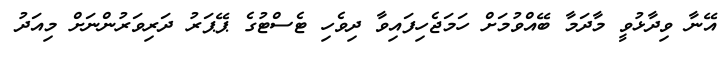
އޭނާ ވިދާޅުވީ މާދަމާ ބޭއްވުމަށް ހަމަޖެހިފައިވާ ދިވެހި ޓެސްޓުގެ ޕޭޕަރު ދަރިވަރުންނަށް މިއަދު